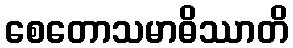
စေတောသမာဓိဿာတိ